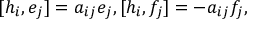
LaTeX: [ h _ { i } , e _ { j } ] = a _ { i j } e _ { j } , [ h _ { i } , f _ { j } ] = - a _ { i j } f _ { j } ,